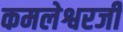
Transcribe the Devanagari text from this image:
कमलेश्वरजी